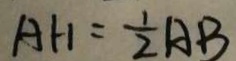
A H = \frac { 1 } { 2 } A B